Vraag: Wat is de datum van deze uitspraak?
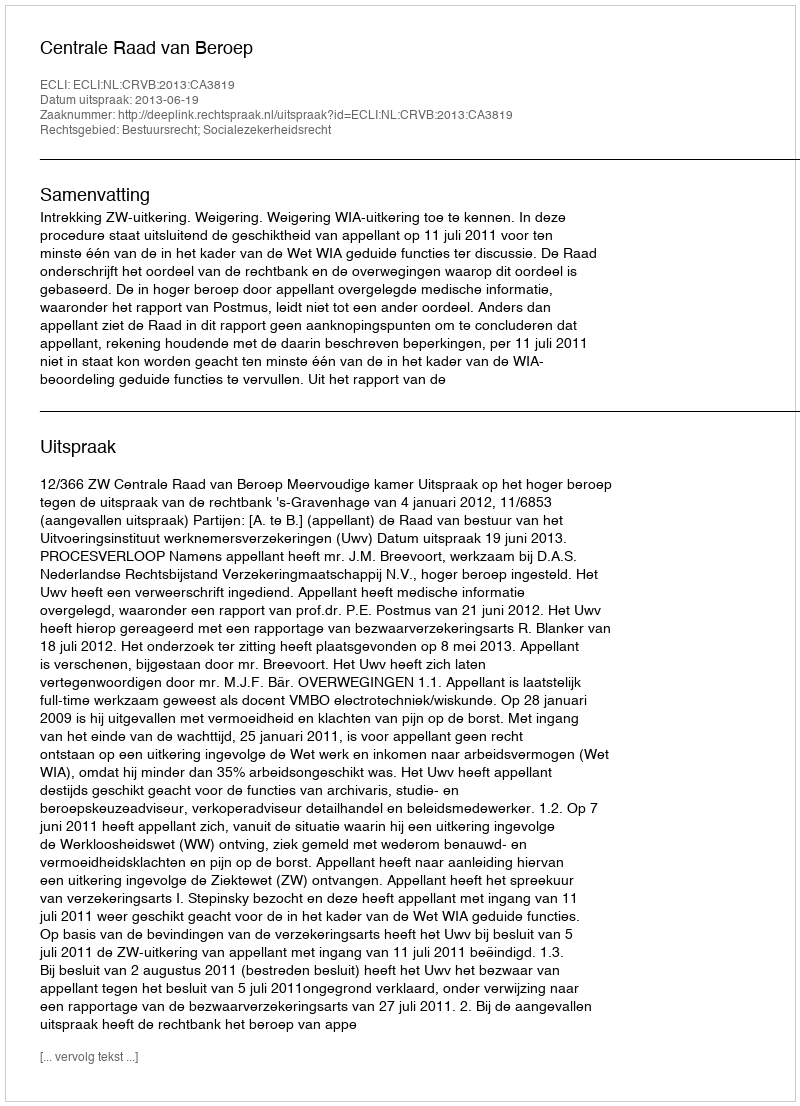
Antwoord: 2013-06-19